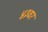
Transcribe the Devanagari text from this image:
४३वर